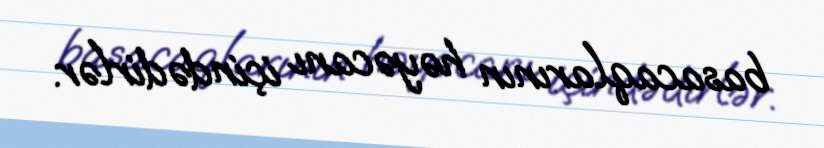
basacaqlarının həyəcanı içindədirlər.